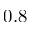
0 . 8